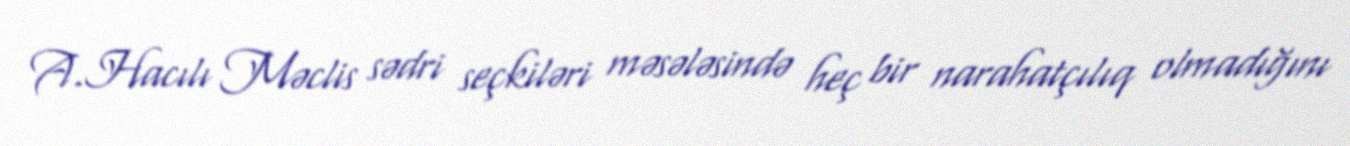
A.Hacılı Məclis sədri seçkiləri məsələsində heç bir narahatçılıq olmadığını